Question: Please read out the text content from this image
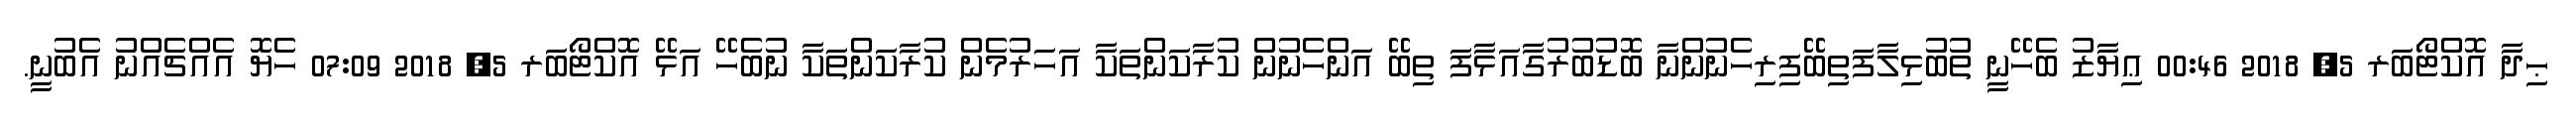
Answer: ޙިދާ އޮކްޓޯބަރ 5, 2018 00:46 ޢިޔާޒު ބެހޭނީ ތުބުޅިލާފަތިބޭފިރިހެނުންނާ ބޮޑުބުރުގާއަޅާފަ ތިބޭ އަންހެނުން ކުރާކަންތަކާ އަހަރުމެން ކުރާކަންތަކާ ނުބެހޭ އަޅޭ އޮކްޓޯބަރ 5, 2018 07:09 ހެޔޮ އެއްޗެއްނު އެބުނީ.